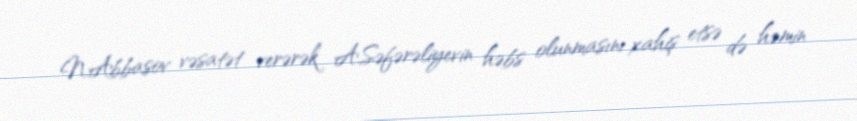
N.Abbasov vəsatət verərək A.Səfərəliyevin həbs olunmasını xahiş etsə də həmin